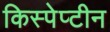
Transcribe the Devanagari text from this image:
किस्पेप्टीन